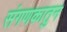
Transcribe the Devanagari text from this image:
संगणकातुन